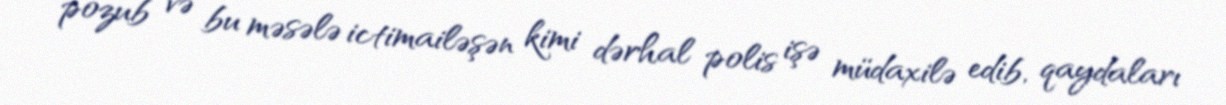
pozub və bu məsələ ictimailəşən kimi dərhal polis işə müdaxilə edib, qaydaları